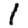
Digit: 1